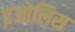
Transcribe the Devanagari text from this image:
इओलिस